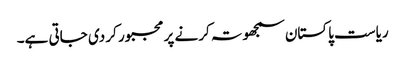
ریاست پاکستان سمجھوتہ کرنے پر مجبور کر دی جاتی ہے۔